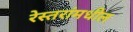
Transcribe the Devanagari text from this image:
रेस्तरांमधील